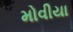
મોવીયા